Indian journal of veterinary science and animal husbandry - Volumes 22-23, 1952-1953
Year: 1952
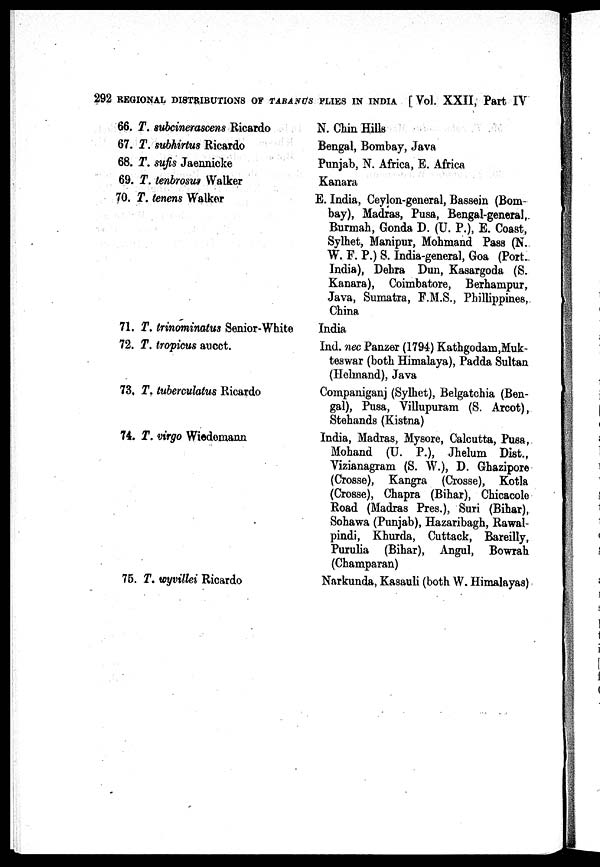
292 REGIONAL DISTRIBUTIONS OF TABANUS PLIES IN INDIA [Vol. XXII, Part IV
66, T. subcinerascens Ricardo
67. T. subhirtus Ricardo
68. T. sufis Jaennicke
69. T. tenbrosus Walker
70. T. tenens Walker
71. T. trinominatus Senior-White
72. T. tropicus aucct.
73. T. tuberculatus Ricardo
74. T. virgo Wiedomann
75. T. wyvillei Ricardo
N. Chin Hills
Bengal, Bombay, Java
Punjab, N. Africa, E. Africa
Kanara
E. India, Ceylon-general, Bassein (Bom-
bay), Madras, Pusa, Bengal-general,
Burmah, Gonda D. (U. P.), E. Coast,
Sylhet, Manipur, Mohmand Pass (N.
W. F. P.) S. India-general, Goa (Port.
India), Dehra Dun, Kasargoda (S.
Kanara), Coimbatore, Berhampur,
Java, Sumatra, F.M.S., Phillippines,
China
India
Ind. nec Panzer (1794) Kathgodam,Muk-
teswar (both Himalaya), Padda Sultan
(Helmand), Java
Companiganj (Sylhet), Belgatchia (Ben-
gal), Pusa, Villupuram (S. Arcot),
Stehands (Kistna)
India, Madras, Mysore, Calcutta, Pusa,
Mohand (U. P.), Jhelum Dist.,
Vizianagram (S. W.), D. Ghazipore
(Crosse), Kangra (Crosse), Kotla
(Crosse), Chapra (Bihar), Chicacole
Road (Madras Pres.), Suri (Bihar),
Sohawa (Punjab), Hazaribagh, Rawal-
pindi, Khurda, Cuttack, Bareilly,
Purulia (Bihar), Angul, Bowrah
(Champaran)
Narkunda, Kasauli (both W. Himalayas)